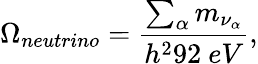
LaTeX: \Omega_{neutrino}={\frac{\sum_{\alpha}m_{\nu_{\alpha}}}{h^{2}92\ eV}},